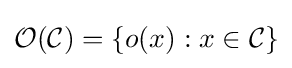
{\mathcal {O}}({\mathcal {C}})=\{o(x):x\in {\mathcal {C}}\}